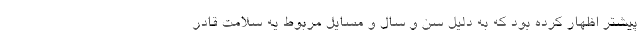
پیشتر اظهار کرده بود که به دلیل سن و سال و مسایل مربوط یه سلامت قادر